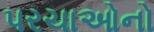
પરચાઓનો